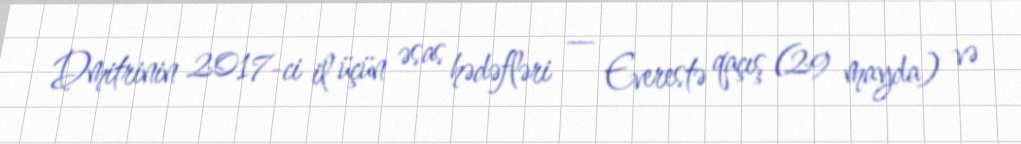
Dmitrinin 2017-ci il üçün əsas hədəfləri — Everestə qaçış (29 mayda) və